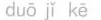
duōjǐ kē